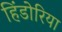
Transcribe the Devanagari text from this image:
हिंडोरिया